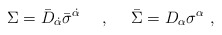
\begin{align*}\Sigma = \bar D _{\dot\alpha} \bar\sigma^{\dot\alpha} ~~~~,~~~~\bar\Sigma = D_\alpha \sigma^\alpha \ ,\end{align*}